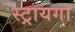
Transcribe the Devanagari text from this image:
स्ट्रायगा